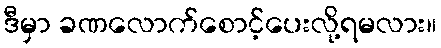
ဒီမှာ ခဏလောက်စောင့်ပေးလို့ရမလား။